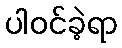
ပါဝင်ခဲ့ရာ